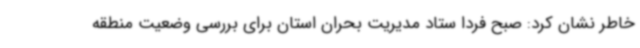
خاطر نشان کرد: صبح فردا ستاد مدیریت بحران استان برای بررسی وضعیت منطقه